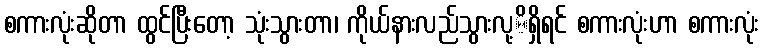
စကားလုံးဆိုတာ ထွင်ပြီးတော့ သုံးသွားတာ၊ ကိုယ်နားလည်သွားလု့ိရှိရင် စကားလုံးဟာ စကားလုံး